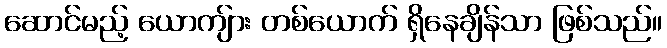
ဆောင်မည့် ယောကျ်ား တစ်ယောက် ရှိနေချိန်သာ ဖြစ်သည်။